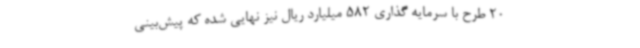
20 طرح با سرمایه گذاری 582 میلیارد ریال نیز نهایی شده که پیش‌بینی